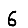
Digit: 6